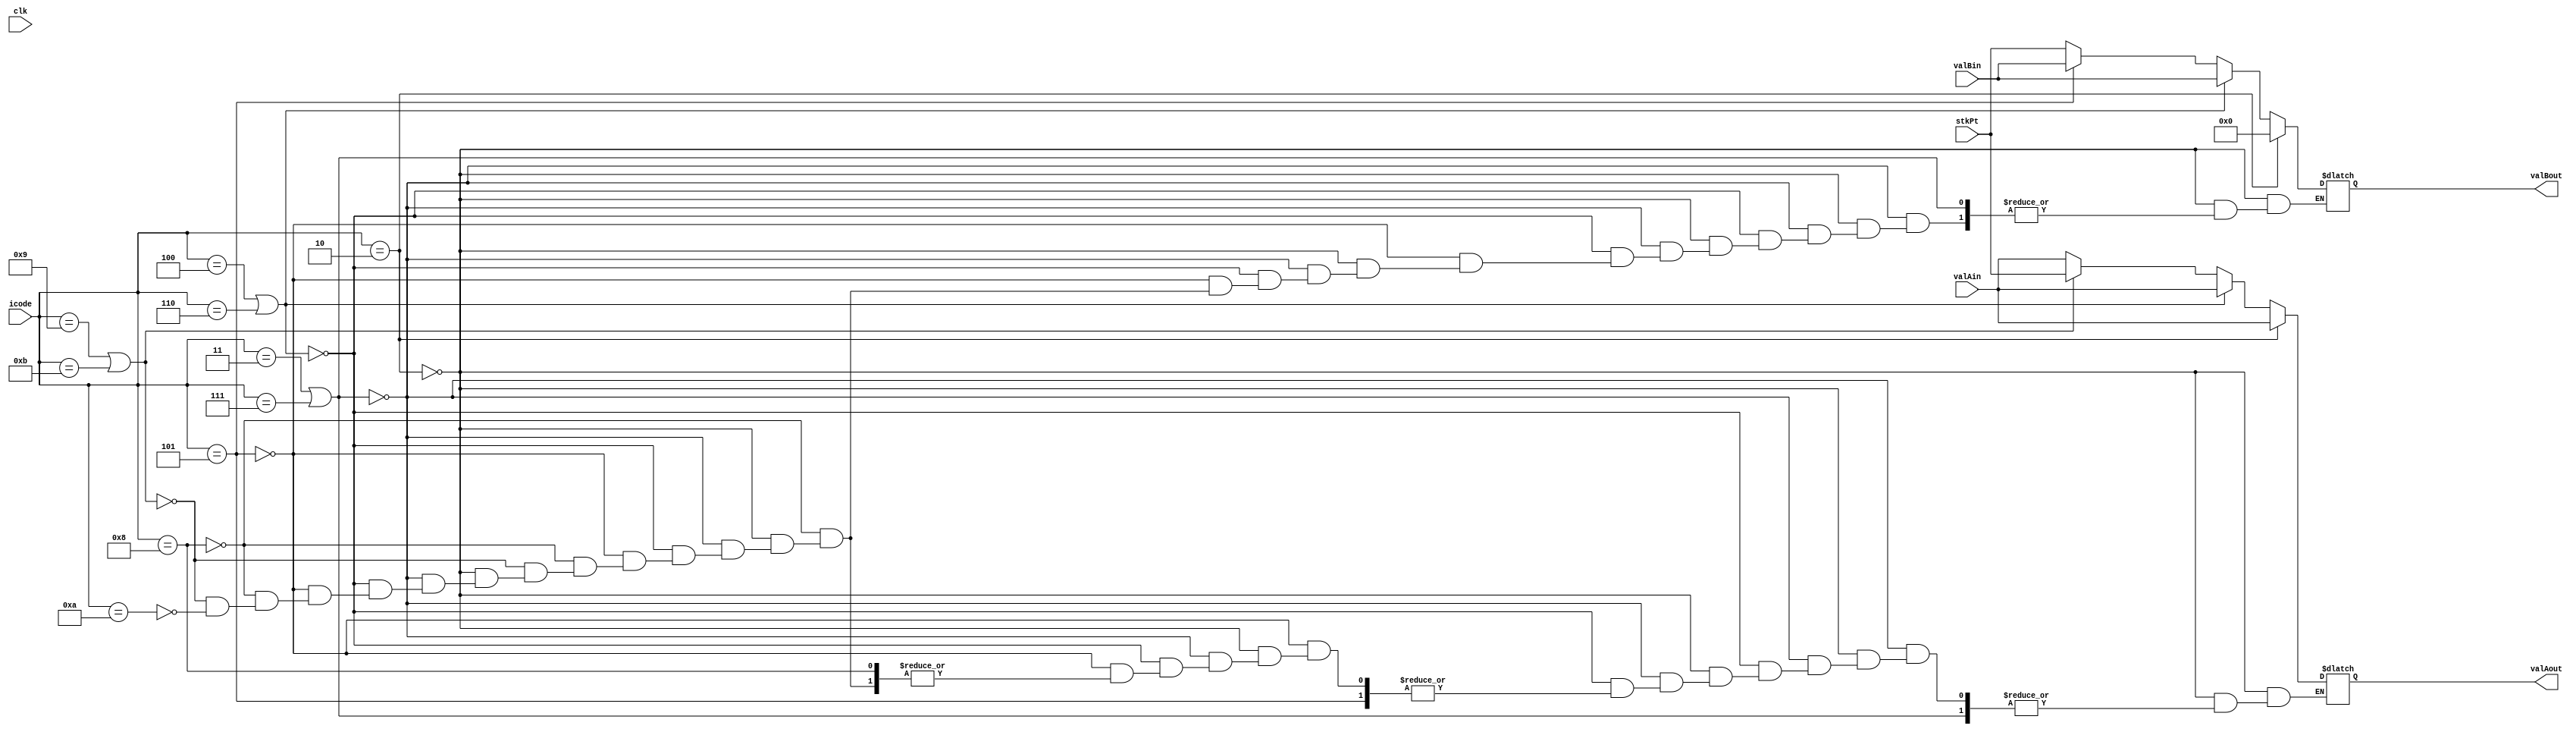
module decode(clk, icode, valAin, valBin, stkPt, valAout, valBout);

    input clk;
    input [3:0] icode;
    input [63:0] valAin, valBin, stkPt;                           
    //8 byte values in the registers, stk is (%rsp)
    output reg [63:0] valAout, valBout;                           // regArr[14] is stack pointer  


    always @(icode, valAin, valBin, stkPt) begin
        
        if (icode == 2) begin                               //cmovxx instruction encountered
            valAout = valAin;
            valBout = 0;
        end
        else if (icode == 3 || icode == 7) begin            //irmovq, jXX
        end
        else if(icode == 4 || icode == 6) begin             //rmmovq, OPq
            valAout = valAin;
            valBout = valBin;
        end
        else if(icode == 5) begin                           //mrmovq
            valBout = valBin;
        end
        else if(icode == 8) begin                           //call
            valBout = stkPt;                                //stk
        end          
        else if (icode == 9 || icode == 11) begin           //ret, popq
            valAout = stkPt;
            valBout = stkPt;
        end
        else if (icode == 10) begin                         //pushq
            valAout = valAin;
            valBout = stkPt;
        end

    end
endmodule